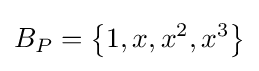
B_{P}=\left\{1,x,x^{2},x^{3}\right\}